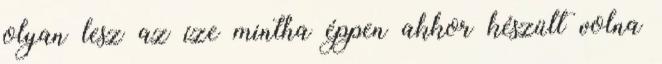
olyan lesz az íze mintha éppen akkor készült volna